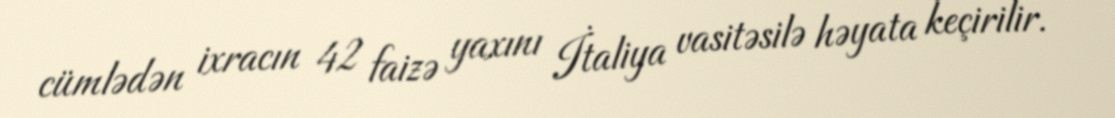
cümlədən ixracın 42 faizə yaxını İtaliya vasitəsilə həyata keçirilir.